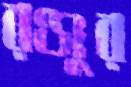
রঞ্জুর